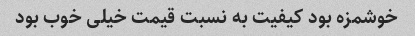
خوشمزه بود کیفیت به نسبت قیمت خیلی خوب بود